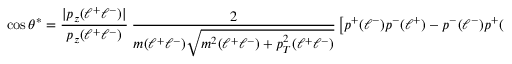
\cos \theta ^ { * } = { \frac { | p _ { z } ( \ell ^ { + } \ell ^ { - } ) | } { p _ { z } ( \ell ^ { + } \ell ^ { - } ) } } ~ { \frac { 2 } { m ( \ell ^ { + } \ell ^ { - } ) \sqrt { m ^ { 2 } ( \ell ^ { + } \ell ^ { - } ) + p _ { T } ^ { 2 } ( \ell ^ { + } \ell ^ { - } ) } } } \left[ p ^ { + } ( \ell ^ { - } ) p ^ { - } ( \ell ^ { + } ) - p ^ { - } ( \ell ^ { - } ) p ^ { + } ( \ell ^ { + } ) \right] .